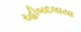
રહીબદલાયા